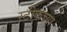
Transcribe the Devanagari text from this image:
स्टीकच्या